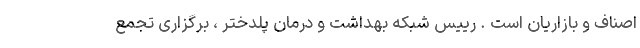
اصناف و بازاریان است . رییس شبکه بهداشت و درمان پلدختر ، برگزاری تجمع